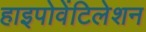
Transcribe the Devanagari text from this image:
हाइपोवेंटिलेशन